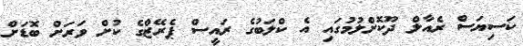
ކަސިޔަސް ރެއާލް ދޫކޮށްލުމުގައި އެ ކްލަބުގެ ރައީސް ޕެރޭޒްގެ ކުށް ވަރަށް ބޮޑަށް